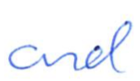
Text: and
Cross-out: clean
Writing tool: ballpoint